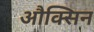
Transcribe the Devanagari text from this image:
औक्सिन